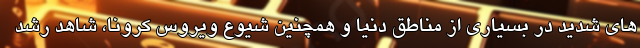
های شدید در بسیاری از مناطق دنیا و همچنین شیوع ویروس کرونا، شاهد رشد